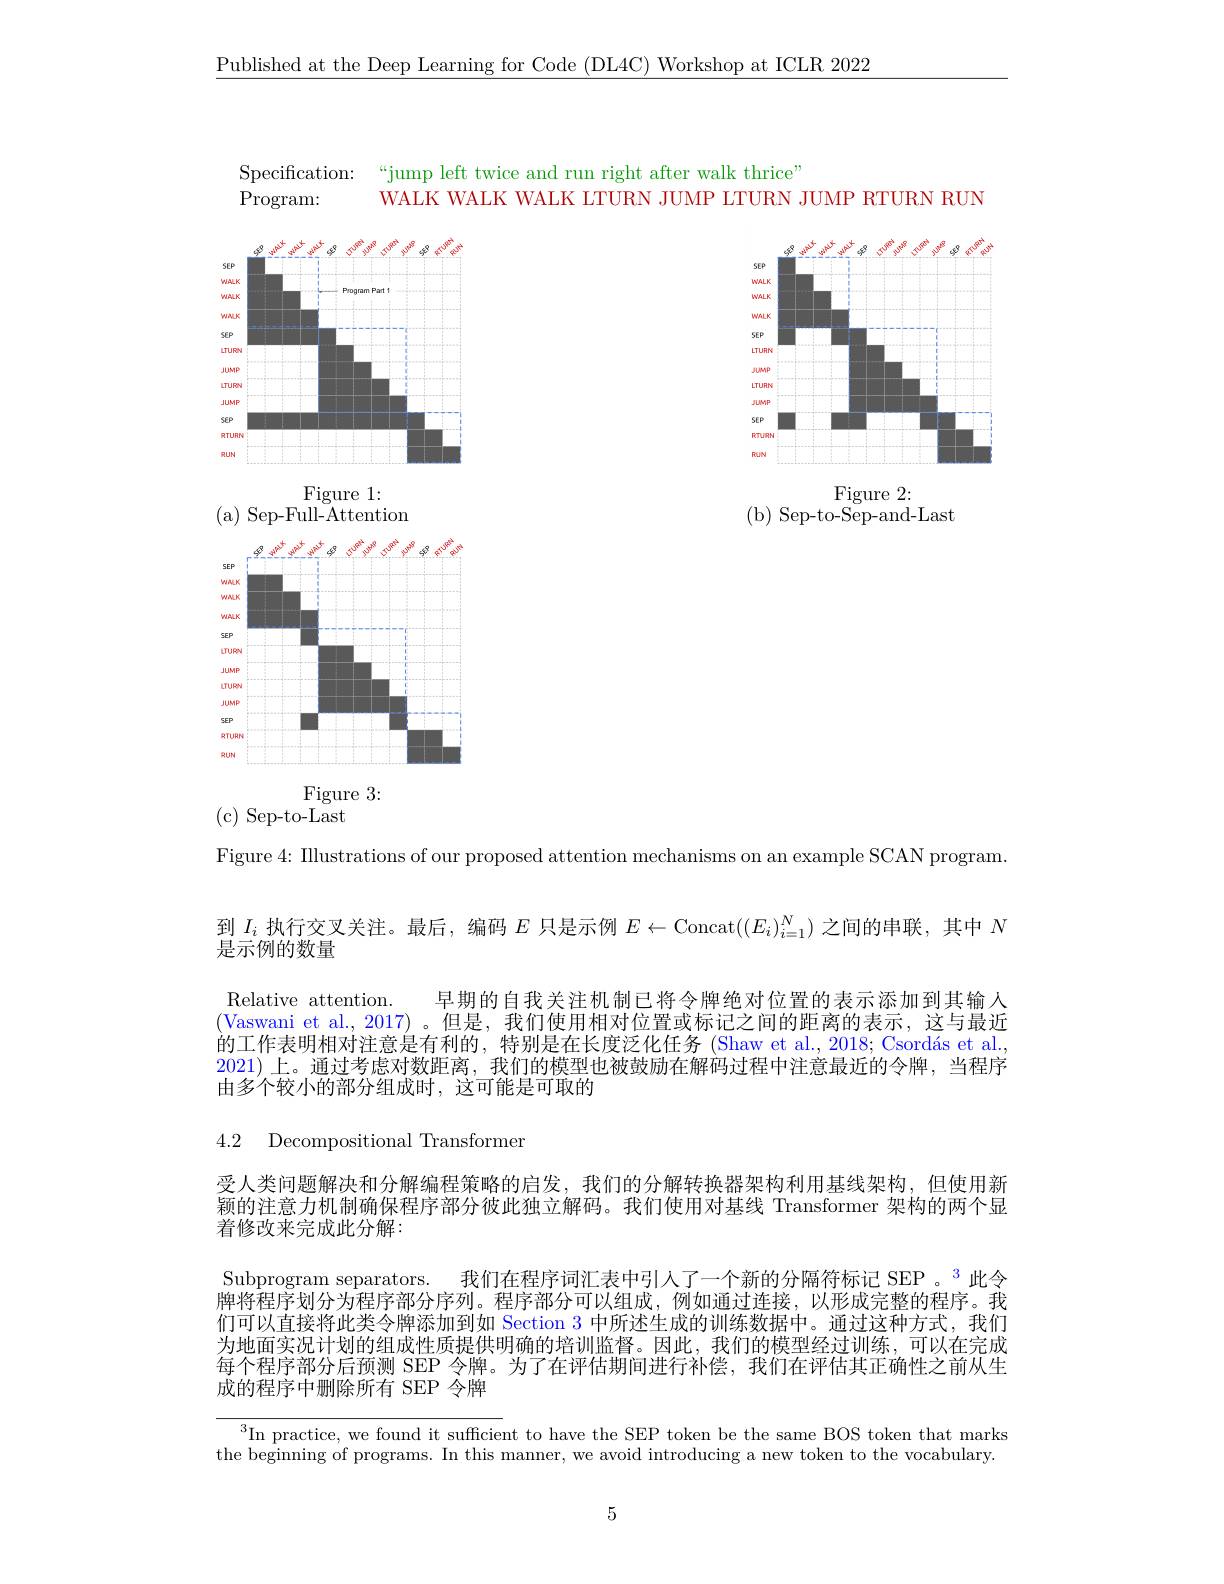
$\underline{\text{Published at the Deep Learning for Code (DL4C) Workshop at ICLR 2022}}$

Specification:

“jump left twice and run right after walk thrice”

WALK WALK WALK LTURN JUMP LTURN JUMP RTURN RUN

Program:

<FigureHere>

<FigureHere>
Figure 1:

( a) Sep- Full- Attention

$\operatorname{Figure}2:$
( b) Sep- to- Sep- and- Last

<FigureHere>

Figure 3:
(c)Sep-to-Last

Figure 4: Illustrations of our proposed attention mechanisms on an example SCAN program

到$I_i$执行交叉关注。最后，编码$E\leftarrow$Concat$((E_i)_i=1^N)$之间的串联，其中$N$
是示例的数量
Relative attention. 早期的自我关注机制已将令牌绝对位置的表示添加到其输入(Vaswani et al., 2017) 。但是，我们使用相对位置或标记之间的距离的表示，这与最近的工作表明相对注意是有利的，特别是在长度泛化任务 (Shaw et al., 2018; Csordás et al. 2021)上。通过考虑对数距离，我们的模型也被鼓励在解码过程中注意最近的令牌，当程序由多个较小的部分组成时，这可能是可取的

4.2 Decompositional Transformen

受人类问题解决和分解编程策略的启发，我们的分解转换器架构利用基线架构，但使用新颖的注意力机制确保程序部分彼此独立解码。我们使用对基线 Transformer 架构的两个显着修改来完成此分解：

Subprogram separators. 我们在程序词汇表中引人了一个新的分隔符标记 SEP 。$^{3}$此令牌将程序划分为程序部分序列。程序部分可以组成，例如通过连接，以形成完整的程序。我们可以直接将此类令牌添加到如 Section 3 中所述生成的训练数据中。通过这种方式，我们为地面实况计划的组成性质提供明确的培训监督。因此，我们的模型经过训练，可以在完成每个程序部分后预测 SEP 令牌。为了在评估期间进行补偿，我们在评估其正确性之前从生成的程序中删除所有 SEP 令牌

$^3$In practice, we found it sufficient to have the SEP token be the same BOS token that marks the beginning of programs. In this manner, we avoid introducing a new token to the vocabulary.

5